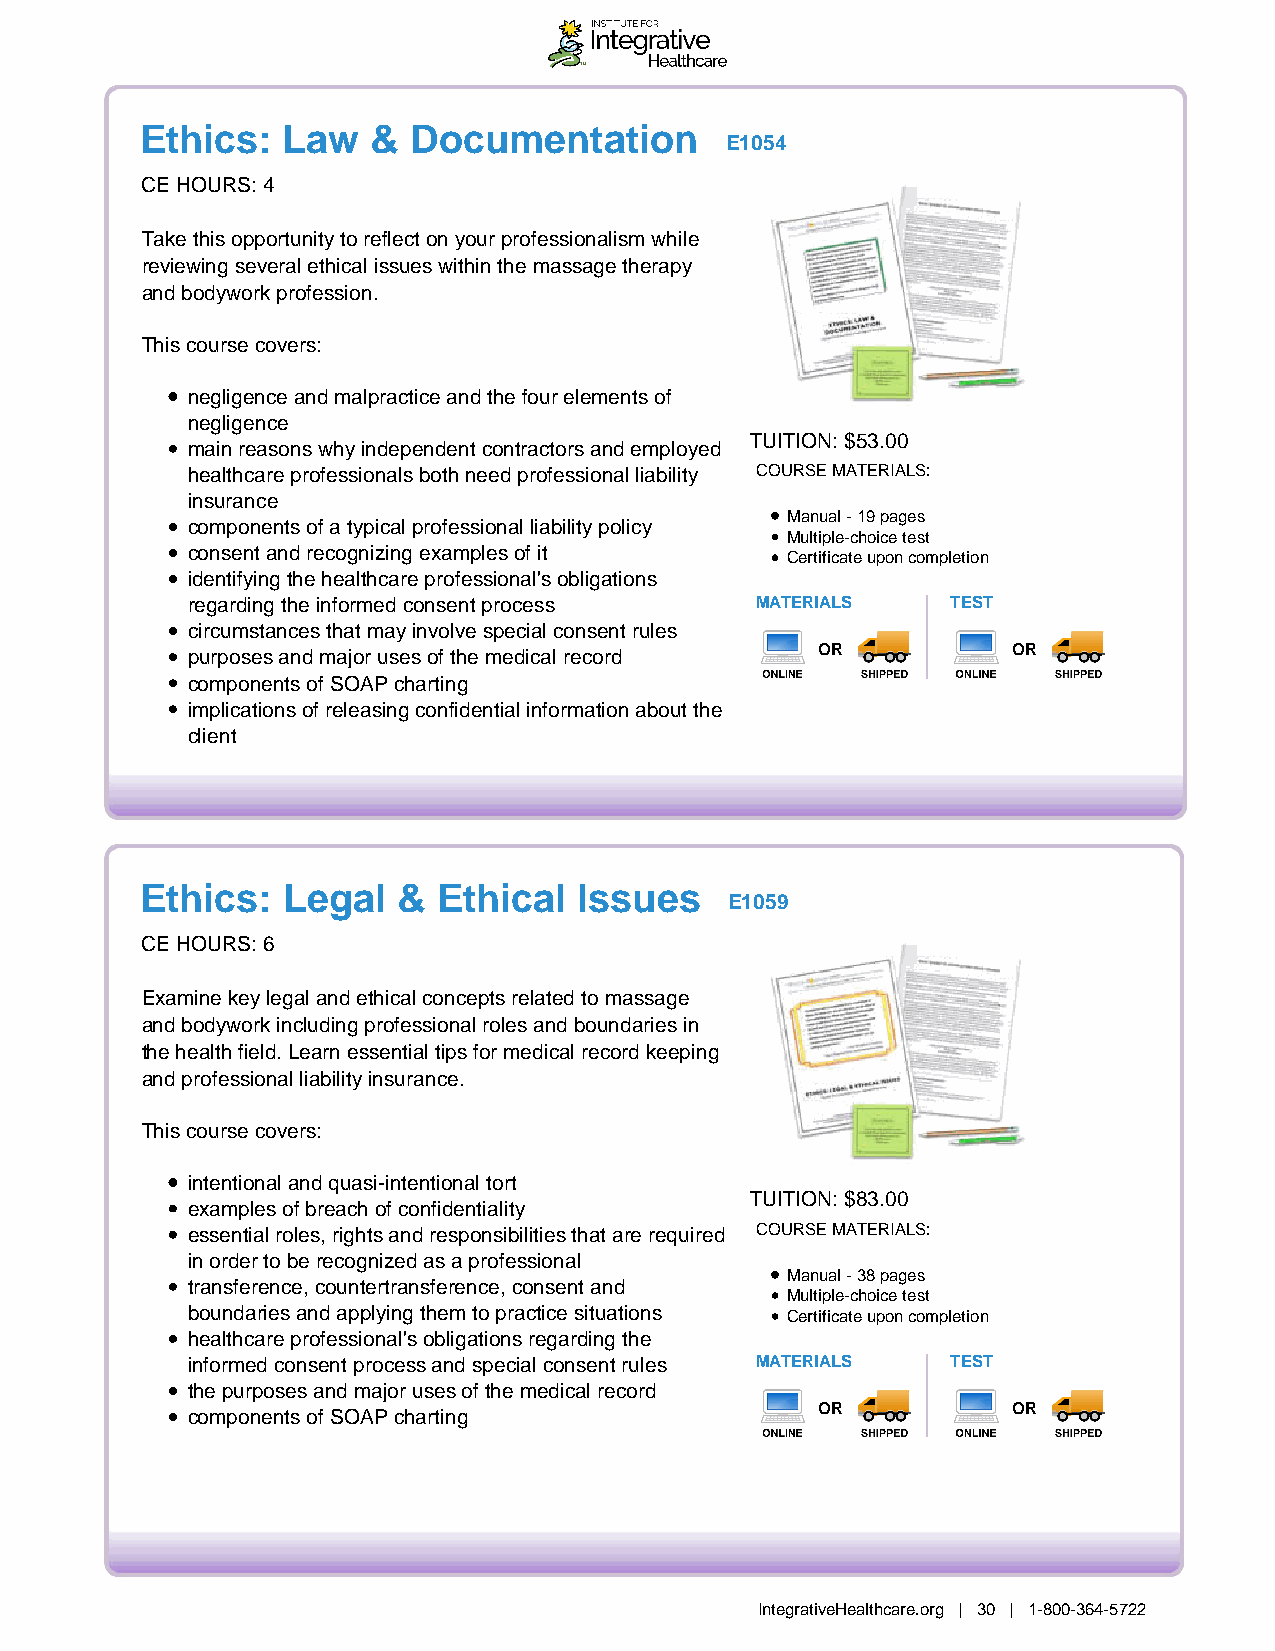
Ethics:   Law   & Documentation
 E1054
 CE HOURS: 4
 Take this opportunity to reflect on your professionalism while
 reviewing several ethical issues within the massage therapy
 and bodywork profession.
 This course covers:
 negligence and malpractice and the four elements of
 negligence
 TUITION: $53.00
 main reasons why independent contractors and employed
 healthcare professionals both need professional liability COURSE MATERIALS:
 insurance
 Manual - 19 pages
 components of a typical professional liability policy
 Multiple-choice test
 consent and recognizing examples of it
 Certificate upon completion
 identifying the healthcare professional's obligations
 regarding the informed consent process MATERIALS   TEST
 circumstances that may involve special consent rules
 purposes and major uses of the medical record OR       OR
 components of SOAP charting
 implications of releasing confidential information about the
 client
 Ethics:   Legal  &  Ethical  Issues
 E1059
 CE HOURS: 6
 Examine key legal and ethical concepts related to massage
 and bodywork including professional roles and boundaries in
 the health field. Learn essential tips for medical record keeping
 and professional liability insurance.
 This course covers:
 intentional and quasi-intentional tort
 TUITION: $83.00
 examples of breach of confidentiality
 essential roles, rights and responsibilities that are required COURSE MATERIALS:
 in order to be recognized as a professional
 Manual - 38 pages
 transference, countertransference, consent and
 Multiple-choice test
 boundaries and applying them to practice situations Certificate upon completion
 healthcare professional's obligations regarding the
 informed consent process and special consent rules MATERIALS TEST
 the purposes and major uses of the medical record
 OR           OR
 components of SOAP charting
 IntegrativeHealthcare.org | 30 | 1-800-364-5722